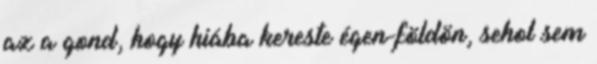
az a gond, hogy hiába kereste égen-földön, sehol sem